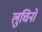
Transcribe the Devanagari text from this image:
लुचिनो